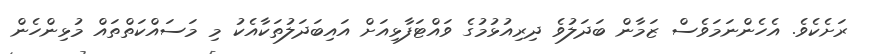
ރަށެކެވެ. އެހެންނަމަވެސް ޒަމާން ބަދަލުވެ ދިރިއުޅުމުގެ ވައްޓަފާޅިއަށް އައިބަދަލުތަކާއެކު މި މަސައްކަތްތައް މުޅިންހެން